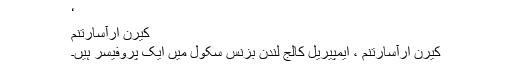
‘
کیرن ارآسارتنم
کیرن ارآسارتنم ، ایمپیریل کالج لندن بزنس سکول میں ایک پروفیسر ہیں۔